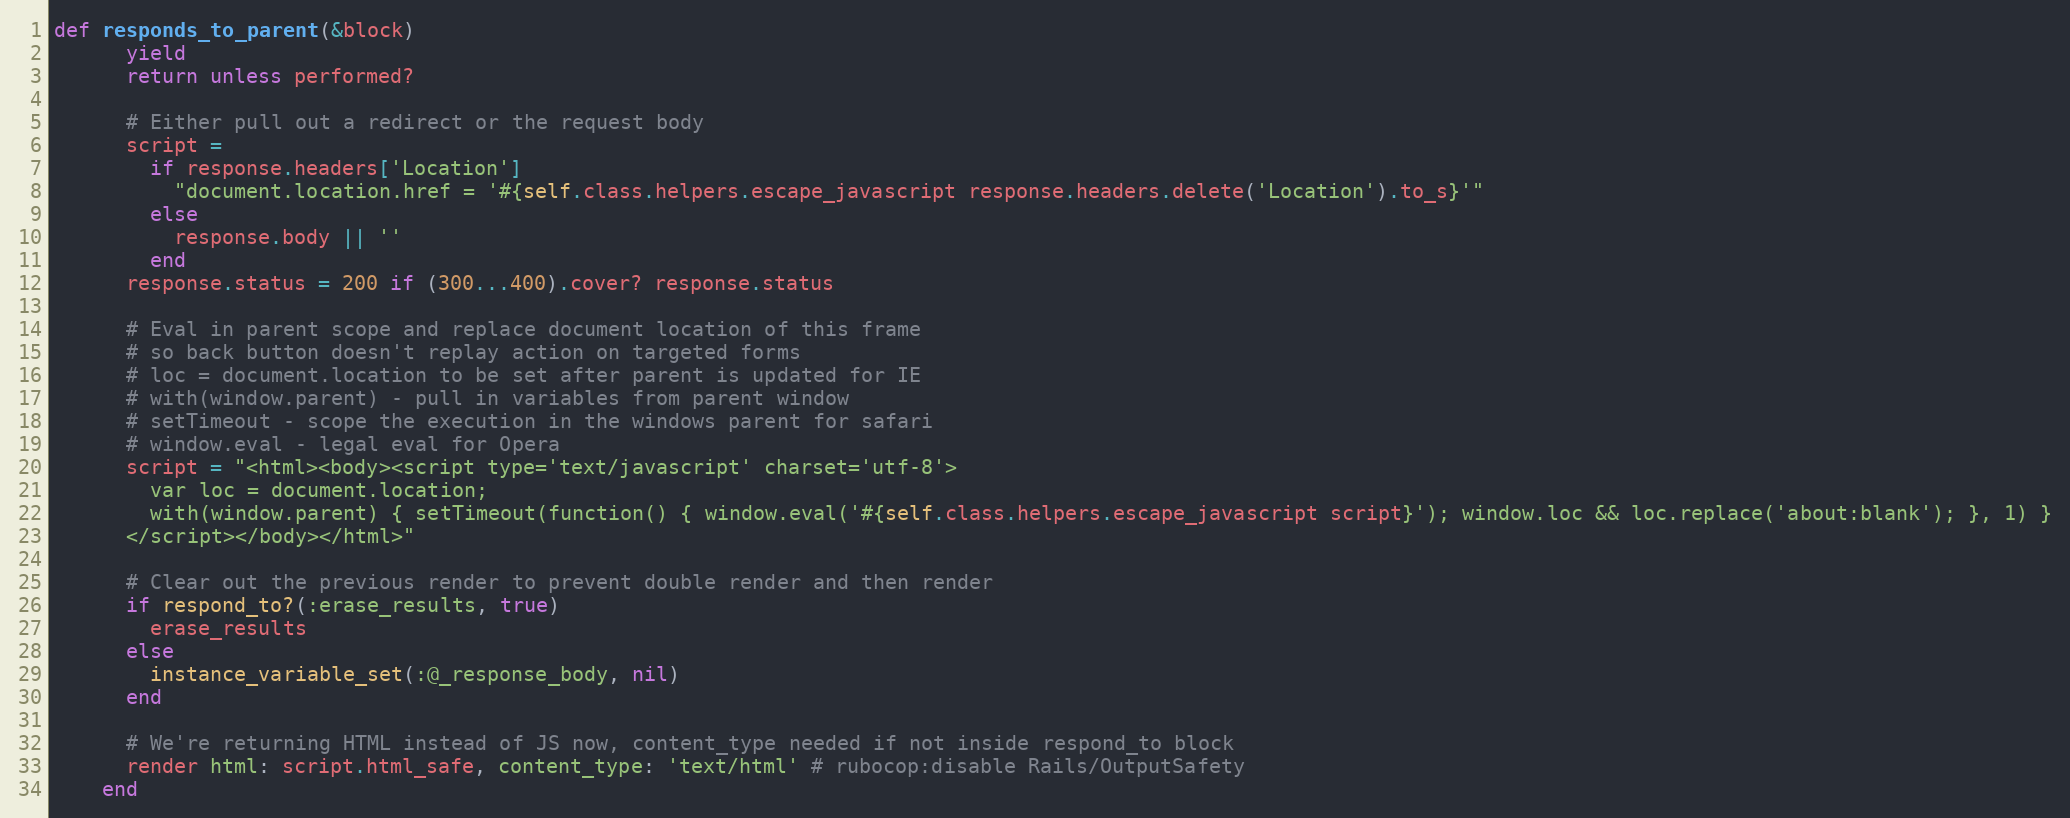
Language: Ruby
def responds_to_parent(&block)
      yield
      return unless performed?

      # Either pull out a redirect or the request body
      script =
        if response.headers['Location']
          "document.location.href = '#{self.class.helpers.escape_javascript response.headers.delete('Location').to_s}'"
        else
          response.body || ''
        end
      response.status = 200 if (300...400).cover? response.status

      # Eval in parent scope and replace document location of this frame
      # so back button doesn't replay action on targeted forms
      # loc = document.location to be set after parent is updated for IE
      # with(window.parent) - pull in variables from parent window
      # setTimeout - scope the execution in the windows parent for safari
      # window.eval - legal eval for Opera
      script = "<html><body><script type='text/javascript' charset='utf-8'>
        var loc = document.location;
        with(window.parent) { setTimeout(function() { window.eval('#{self.class.helpers.escape_javascript script}'); window.loc && loc.replace('about:blank'); }, 1) }
      </script></body></html>"

      # Clear out the previous render to prevent double render and then render
      if respond_to?(:erase_results, true)
        erase_results
      else
        instance_variable_set(:@_response_body, nil)
      end

      # We're returning HTML instead of JS now, content_type needed if not inside respond_to block
      render html: script.html_safe, content_type: 'text/html' # rubocop:disable Rails/OutputSafety
    end